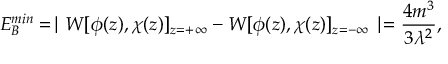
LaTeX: E _ { B } ^ { m i n } = \mid W [ \phi ( z ) , \chi ( z ) ] _ { z = + \infty } - W [ \phi ( z ) , \chi ( z ) ] _ { z = - \infty } \mid = \frac { 4 m ^ { 3 } } { 3 \lambda ^ { 2 } } ,